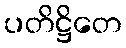
ပတိဋ္ဌိတေ